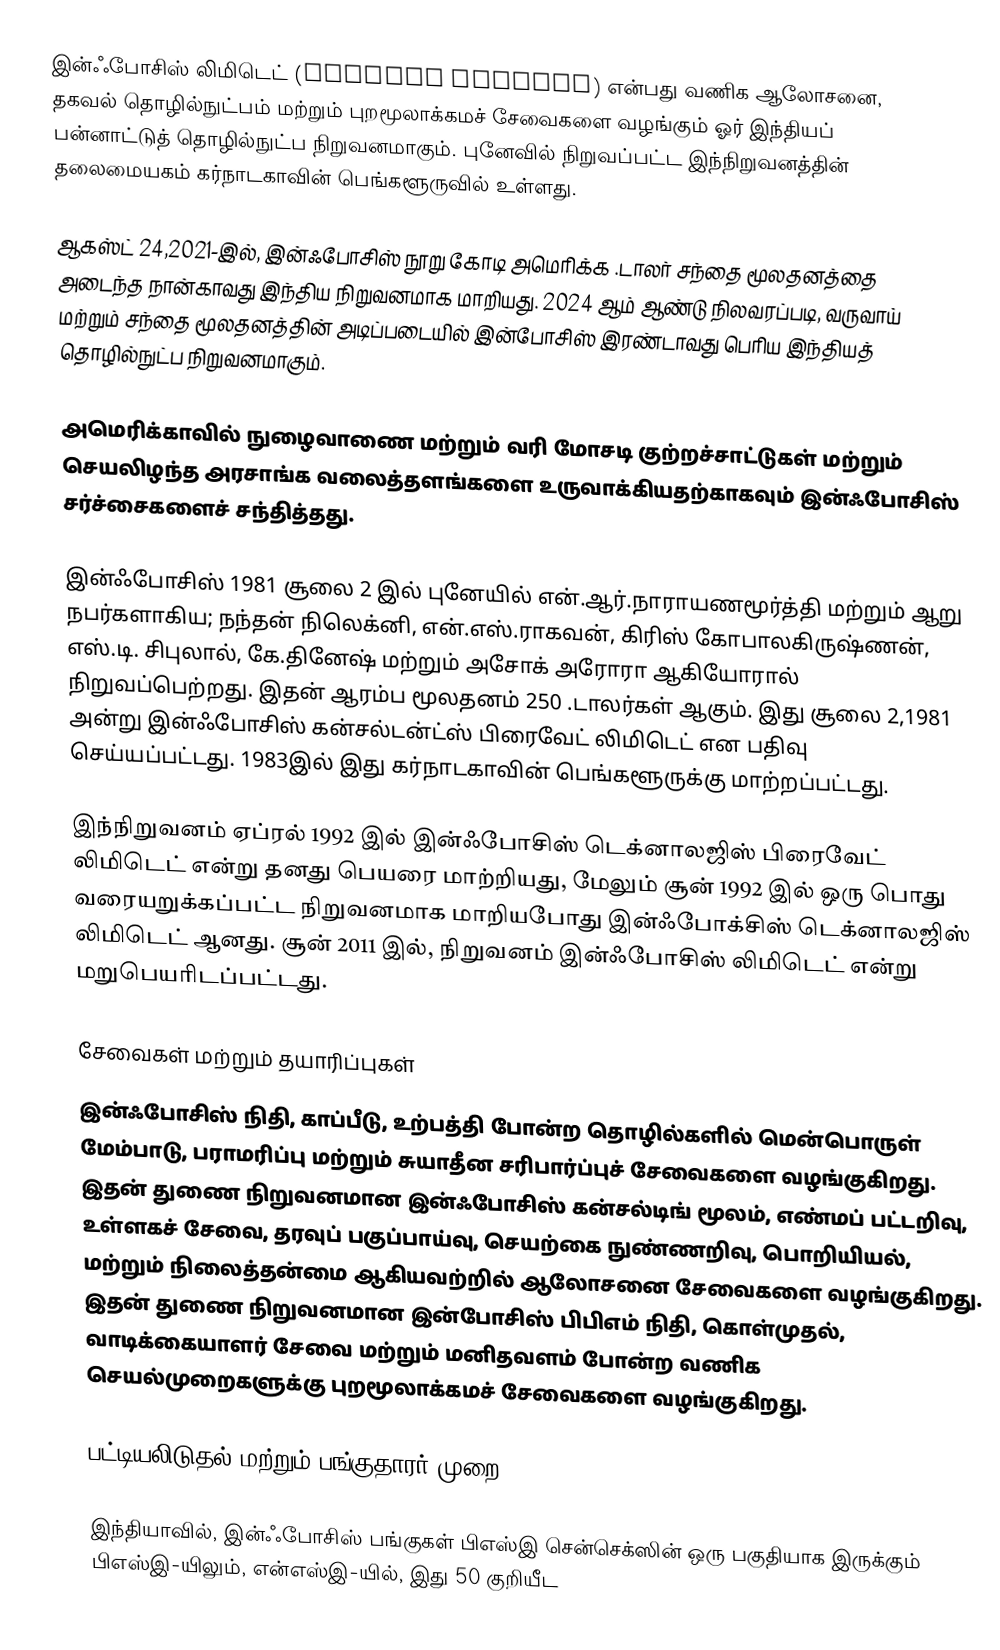
இன்ஃபோசிஸ் லிமிடெட் (Infosys Limited) என்பது வணிக ஆலோசனை, தகவல் தொழில்நுட்பம் மற்றும் புறமூலாக்கமச் சேவைகளை வழங்கும் ஓர் இந்தியப் பன்னாட்டுத் தொழில்நுட்ப நிறுவனமாகும். புனேவில் நிறுவப்பட்ட இந்நிறுவனத்தின் தலைமையகம் கர்நாடகாவின் பெங்களூருவில் உள்ளது.

ஆகஸ்ட் 24,2021-இல், இன்ஃபோசிஸ்  நூறு கோடி அமெரிக்க .டாலர் சந்தை மூலதனத்தை அடைந்த நான்காவது இந்திய நிறுவனமாக மாறியது. 2024 ஆம் ஆண்டு நிலவரப்படி, வருவாய் மற்றும் சந்தை மூலதனத்தின் அடிப்படையில் இன்போசிஸ் இரண்டாவது பெரிய இந்தியத் தொழில்நுட்ப நிறுவனமாகும்.

அமெரிக்காவில் நுழைவாணை மற்றும் வரி மோசடி குற்றச்சாட்டுகள் மற்றும் செயலிழந்த அரசாங்க வலைத்தளங்களை உருவாக்கியதற்காகவும் இன்ஃபோசிஸ் சர்ச்சைகளைச் சந்தித்தது.

இன்ஃபோசிஸ் 1981 சூலை 2 இல் புனேயில் என்.ஆர்.நாராயணமூர்த்தி மற்றும் ஆறு நபர்களாகிய; நந்தன் நிலெக்னி, என்.எஸ்.ராகவன், கிரிஸ் கோபாலகிருஷ்ணன், எஸ்.டி. சிபுலால், கே.தினேஷ் மற்றும் அசோக் அரோரா ஆகியோரால் நிறுவப்பெற்றது. இதன் ஆரம்ப மூலதனம் 250 .டாலர்கள் ஆகும். இது சூலை 2,1981 அன்று இன்ஃபோசிஸ் கன்சல்டன்ட்ஸ் பிரைவேட் லிமிடெட் என பதிவு செய்யப்பட்டது. 1983இல் இது கர்நாடகாவின் பெங்களூருக்கு மாற்றப்பட்டது.

இந்நிறுவனம் ஏப்ரல் 1992 இல் இன்ஃபோசிஸ் டெக்னாலஜிஸ் பிரைவேட் லிமிடெட் என்று தனது பெயரை மாற்றியது, மேலும் சூன் 1992 இல் ஒரு பொது வரையறுக்கப்பட்ட நிறுவனமாக மாறியபோது இன்ஃபோக்சிஸ் டெக்னாலஜிஸ் லிமிடெட் ஆனது. சூன் 2011 இல், நிறுவனம் இன்ஃபோசிஸ் லிமிடெட் என்று மறுபெயரிடப்பட்டது.

சேவைகள் மற்றும் தயாரிப்புகள்
இன்ஃபோசிஸ் நிதி, காப்பீடு, உற்பத்தி போன்ற தொழில்களில் மென்பொருள் மேம்பாடு, பராமரிப்பு மற்றும் சுயாதீன சரிபார்ப்புச் சேவைகளை வழங்குகிறது. இதன் துணை நிறுவனமான இன்ஃபோசிஸ் கன்சல்டிங் மூலம், எண்மப் பட்டறிவு, உள்ளகச் சேவை, தரவுப் பகுப்பாய்வு, செயற்கை நுண்ணறிவு, பொறியியல், மற்றும் நிலைத்தன்மை ஆகியவற்றில் ஆலோசனை சேவைகளை வழங்குகிறது. இதன் துணை நிறுவனமான இன்போசிஸ் பிபிஎம் நிதி, கொள்முதல், வாடிக்கையாளர் சேவை மற்றும் மனிதவளம் போன்ற வணிக செயல்முறைகளுக்கு புறமூலாக்கமச் சேவைகளை வழங்குகிறது.

பட்டியலிடுதல் மற்றும் பங்குதாரர் முறை

இந்தியாவில், இன்ஃபோசிஸ் பங்குகள் பிஎஸ்இ சென்செக்ஸின் ஒரு பகுதியாக இருக்கும் பிஎஸ்இ-யிலும், என்எஸ்இ-யில், இது 50 குறியீட